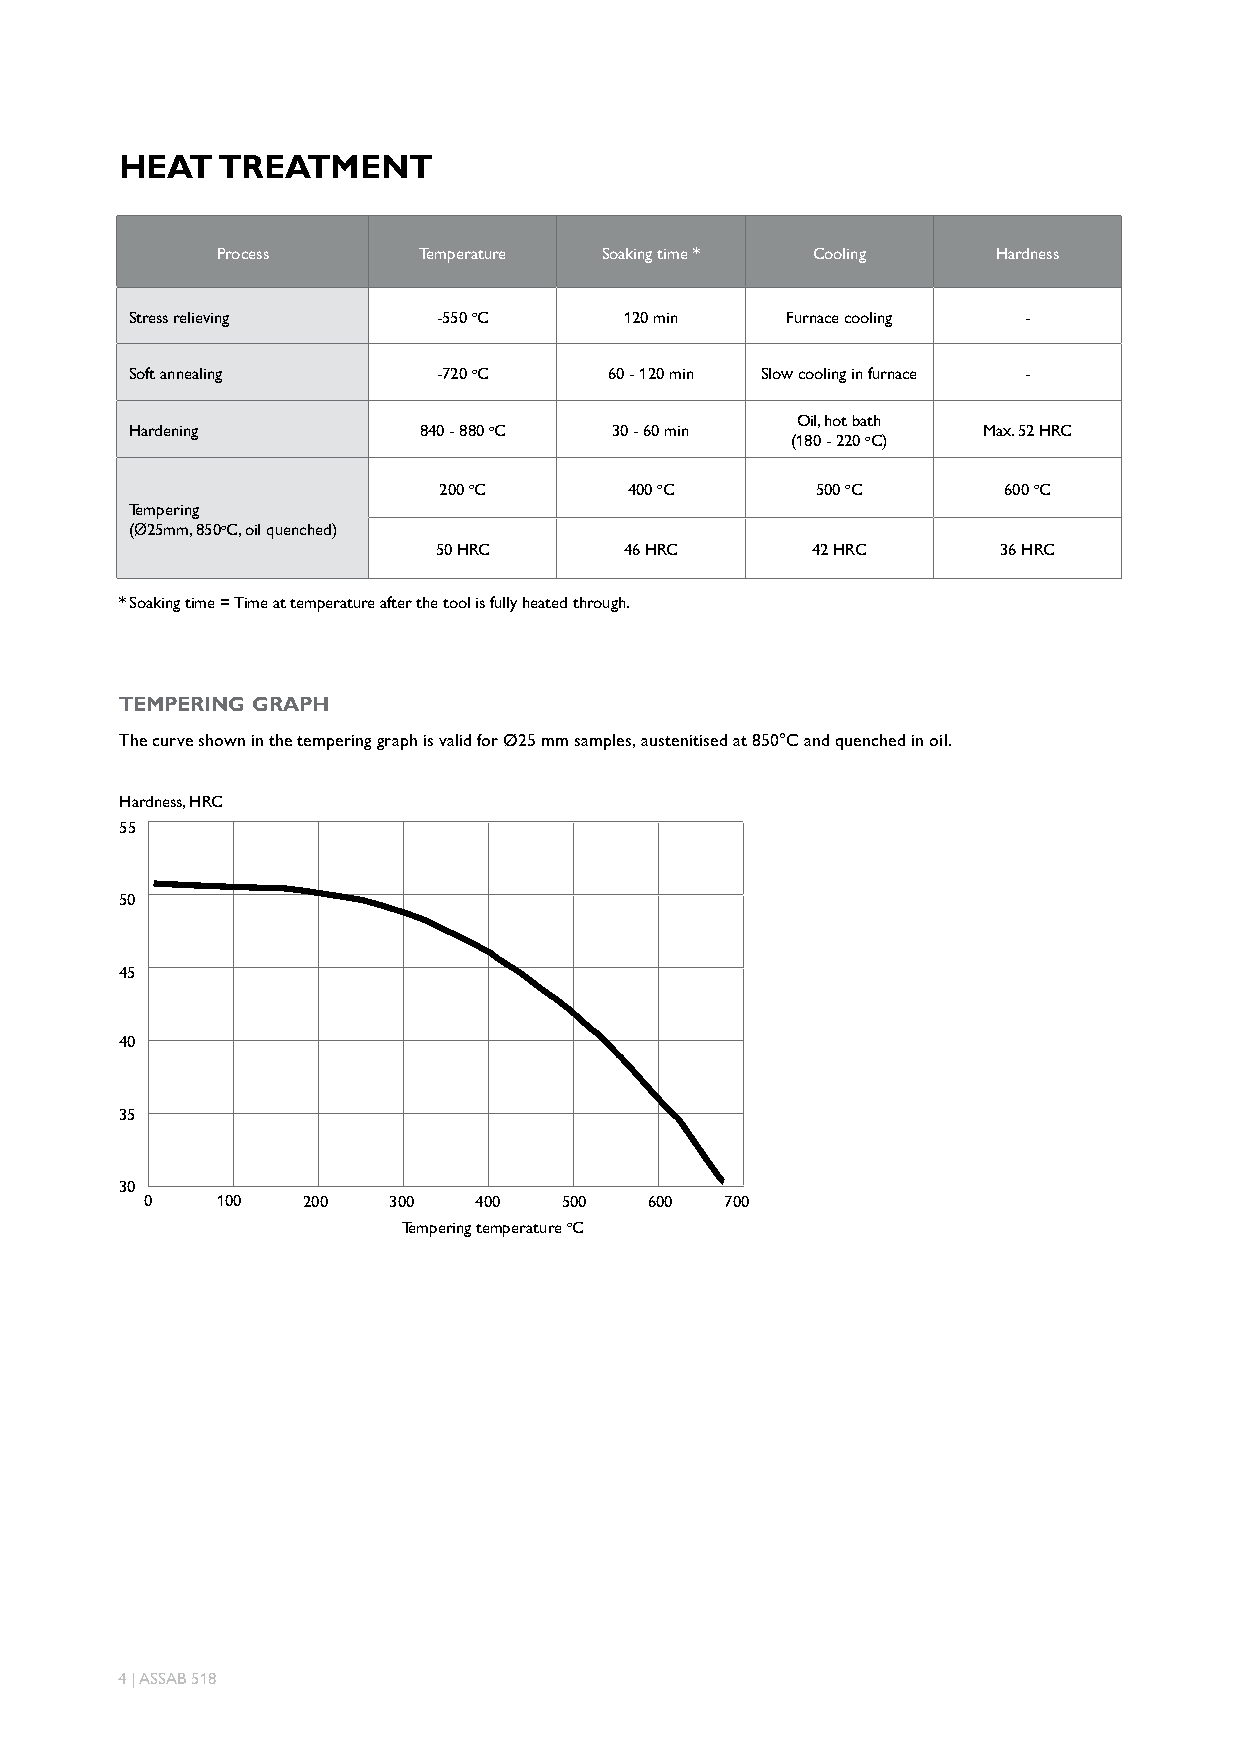
HEAT  TREATMENT
 Process       Temperature Soaking time * Cooling    Hardness
 Stress relieving    -550 oC     120 min    Furnace cooling -
 Soft annealing      -720 oC    60 - 120 min Slow cooling in furnace -
 Oil, hot bath
 Hardening          840 - 880 oC 30 - 60 min             Max. 52 HRC
 (180 - 220 oC)
 200 oC       400 oC      500 oC      600 oC
 Tempering
 (Ø25mm, 850oC, oil quenched)
 50 HRC      46 HRC       42 HRC      36 HRC
 * Soaking time = Time at temperature after the tool is fully heated through.
 TEMPERING GRAPH
 The curve shown in the tempering graph is valid for Ø25 mm samples, austenitised at 850°C and quenched in oil.
 Hardness, HRC
 55
 50
 45
 40
 35
 30
 0    100   200   300  400   500   600  700
 Tempering temperature oC
 4 | ASSAB 518